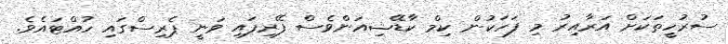
ސުރުހީތަކަށް އަރާއިރު މި ފަހަކުން ކިމް ކާޑޭޝިއަންވެސް ފޭރިފައި ވަނީ ޕެރިސްގައި ހުއްޓައެވެ.